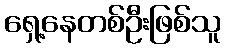
ရှေ့နေတစ်ဦးဖြစ်သူ